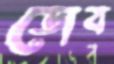
ডোব